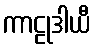
ကာဠုဒါယီ